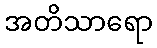
အတိသာရော